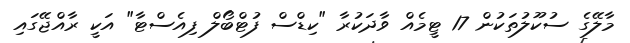
މާލޭގެ ސުކޫލުތަކުން 17 ޓީމެއް ވާދަކުރާ "ކިޑްސް ފުޓްބޯލް ފިއެސްޓާ" އަކީ ރާއްޖޭގައި